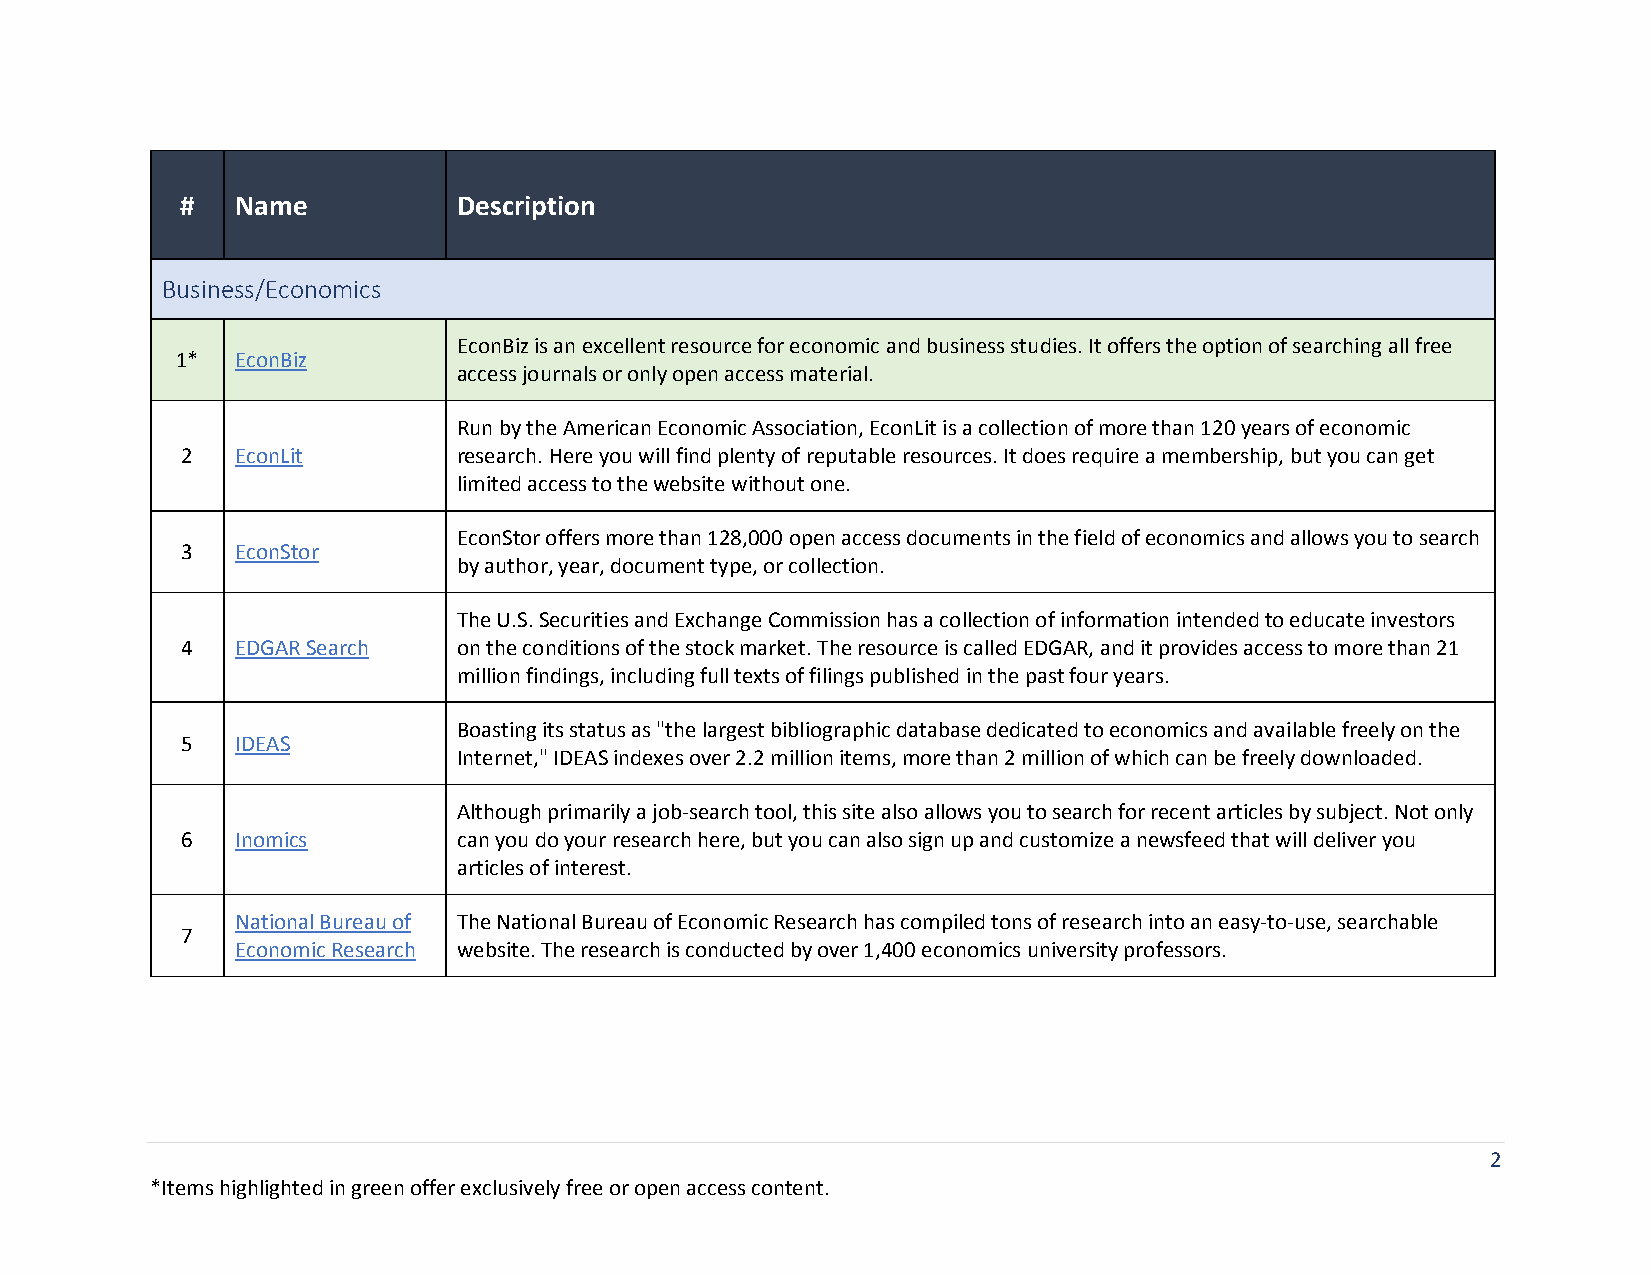
#   Name          Description
 Business/Economics
 EconBiz is an excellent resource for economic and business studies. It offers the option of searching all free
 1*  EconBiz
 access journals or only open access material.
 Run by the American Economic Association, EconLit is a collection of more than 120 years of economic
 2   EconLit       research. Here you will find plenty of reputable resources. It does require a membership, but you can get
 limited access to the website without one.
 EconStor offers more than 128,000 open access documents in the field of economics and allows you to search
 3   EconStor
 by author, year, document type, or collection.
 The U.S. Securities and Exchange Commission has a collection of information intended to educate investors
 4   EDGAR Search  on the conditions of the stock market. The resource is called EDGAR, and it provides access to more than 21
 million findings, including full texts of filings published in the past four years.
 Boasting its status as "the largest bibliographic database dedicated to economics and available freely on the
 5   IDEAS
 Internet," IDEAS indexes over 2.2 million items, more than 2 million of which can be freely downloaded.
 Although primarily a job-search tool, this site also allows you to search for recent articles by subject. Not only
 6   Inomics       can you do your research here, but you can also sign up and customize a newsfeed that will deliver you
 articles of interest.
 National Bureau of The National Bureau of Economic Research has compiled tons of research into an easy-to-use, searchable
 7
 Economic Research website. The research is conducted by over 1,400 economics university professors.
 2
 *Items highlighted in green offer exclusively free or open access content.